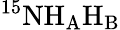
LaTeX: \mathrm{^{15}NH_{A}H_{B}}